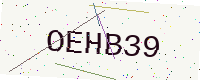
Text: OEHB39